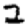
Digit: 2